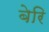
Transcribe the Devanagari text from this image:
बेरि